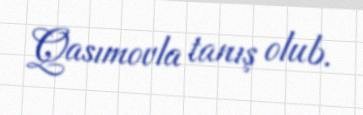
Qasımovla tanış olub.